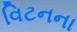
વિટનના